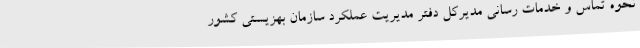
نحوه تماس و خدمات رسانی مدیرکل دفتر مدیریت عملکرد سازمان بهزیستی کشور